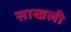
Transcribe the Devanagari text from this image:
साखली